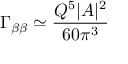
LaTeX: \Gamma _ { \beta \beta } \simeq { \frac { Q ^ { 5 } | A | ^ { 2 } } { 6 0 \pi ^ { 3 } } }